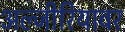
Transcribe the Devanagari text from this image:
अल्जीरियावर